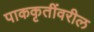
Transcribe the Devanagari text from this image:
पाककृतींवरील